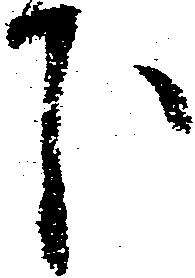
下